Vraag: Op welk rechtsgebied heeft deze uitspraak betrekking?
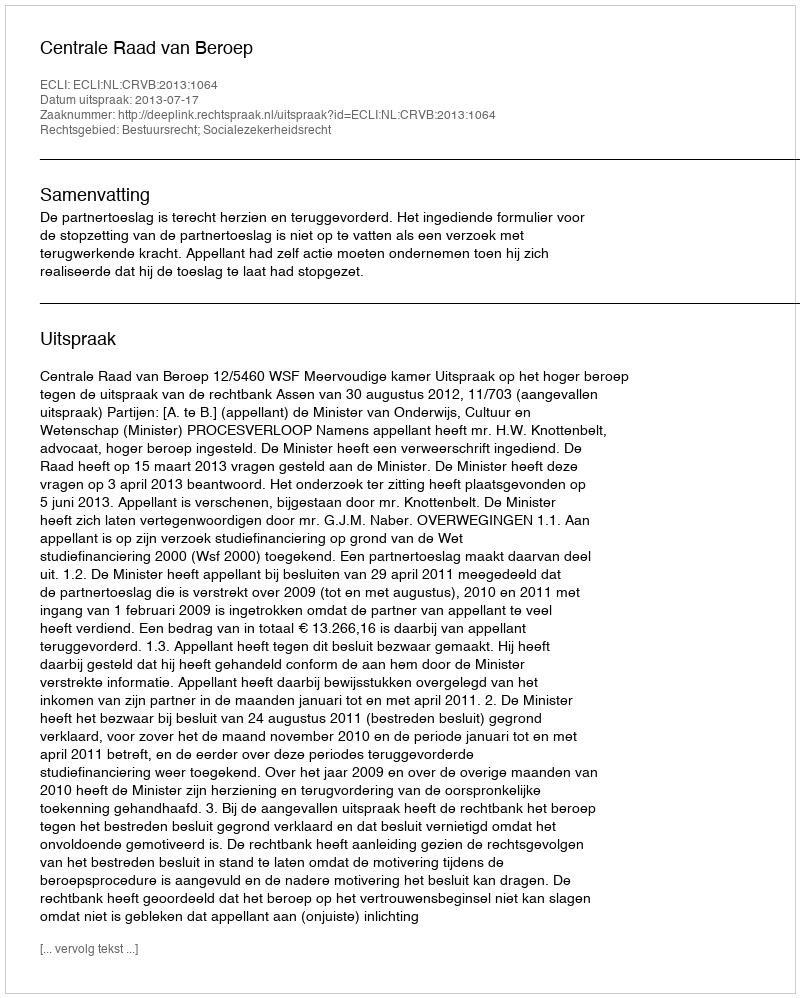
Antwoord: Bestuursrecht; Socialezekerheidsrecht